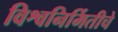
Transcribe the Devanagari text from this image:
विश्वनिर्मितीचे